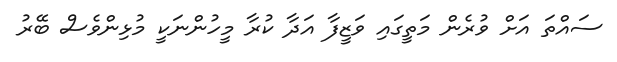
ސައްތަ އަށް ވުރެން މަތީގައި ވަޒީފާ އަދާ ކުރާ މީހުންނަކީ މުޅިންވެސް ބޭރު